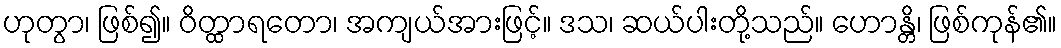
ဟုတွာ၊ ဖြစ်၍။ ဝိတ္ထာရတော၊ အကျယ်အားဖြင့်။ ဒသ၊ ဆယ်ပါးတို့သည်။ ဟောန္တိ၊ ဖြစ်ကုန်၏။